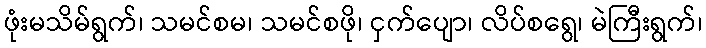
ဖုံးမသိမ်ရွက်၊ သမင်စမ၊ သမင်စဖို၊ ငှက်ပျော၊ လိပ်စရွေ၊ မဲကြီးရွက်၊